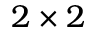
2 \times 2